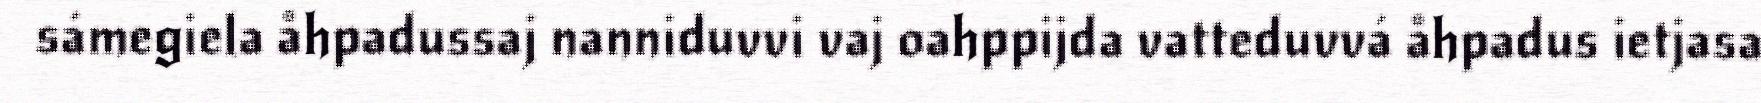
sámegiela åhpadussaj nanniduvvi vaj oahppijda vatteduvvá åhpadus ietjasa